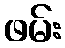
ဖမ်း